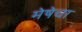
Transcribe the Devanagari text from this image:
मेषेचा